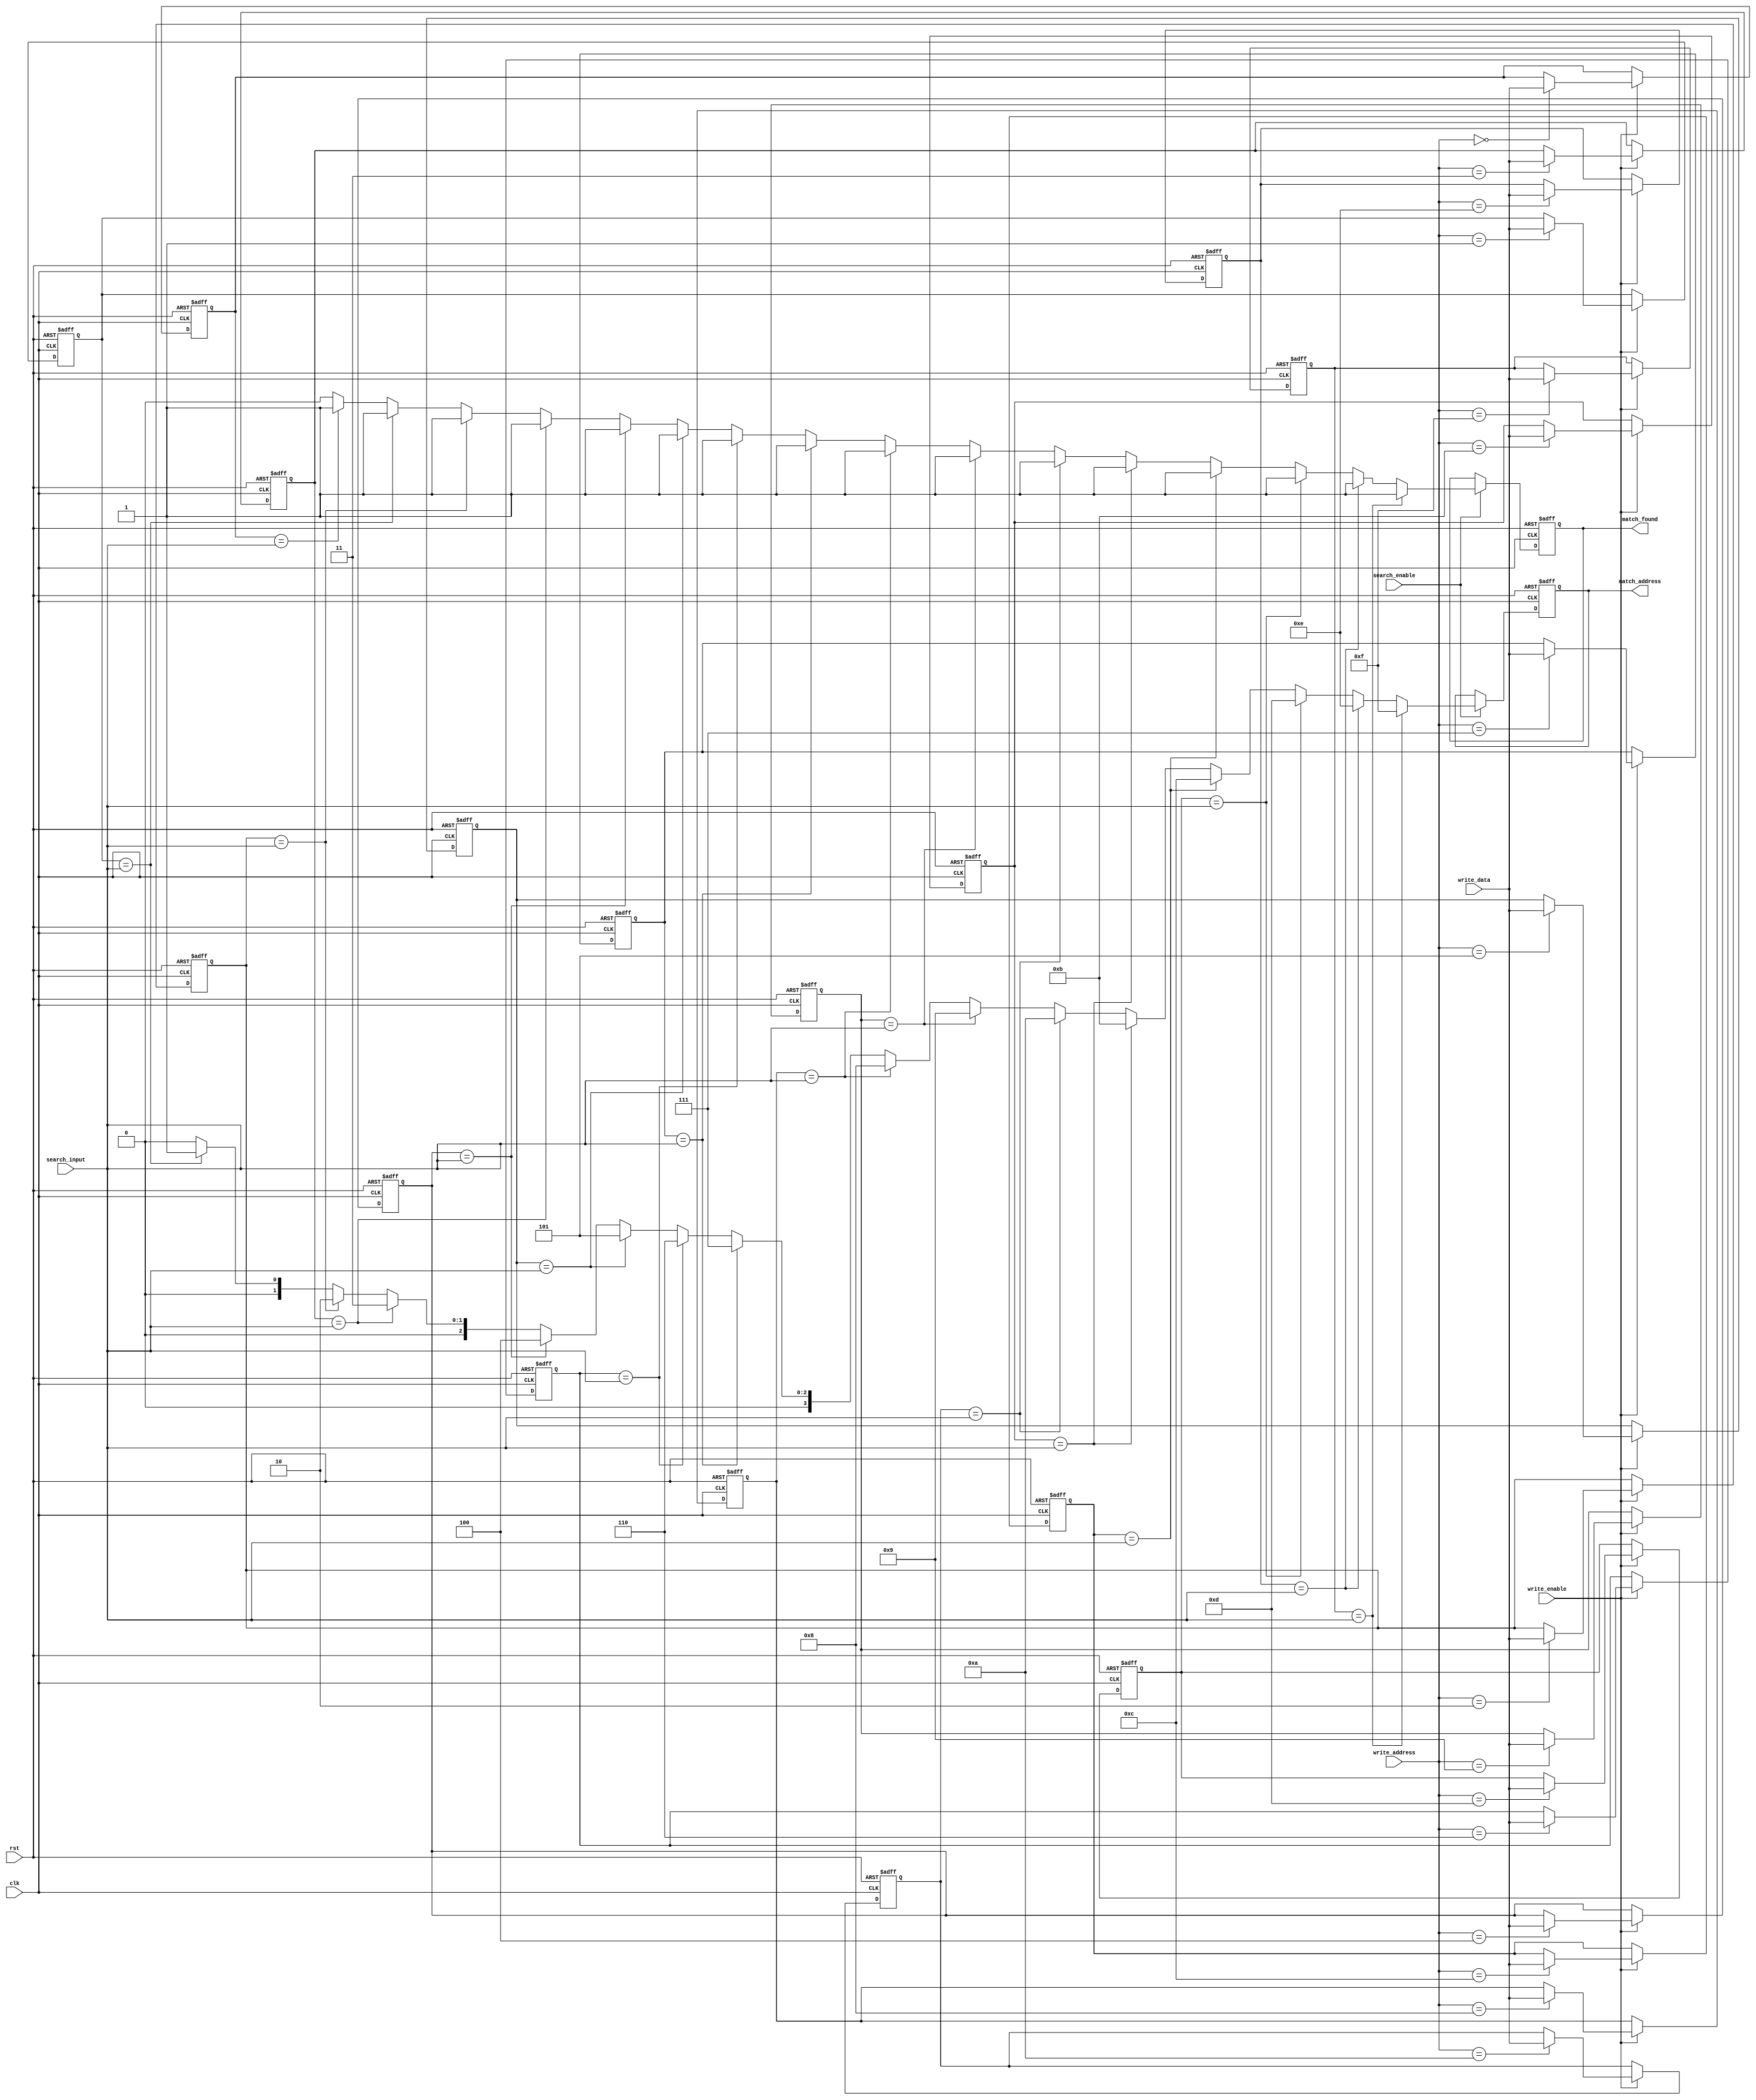
module cam #(
    parameter DATA_WIDTH = 8,       // Width of each entry in bits
    parameter NUM_ROWS = 16          // Number of rows in the CAM
)(
    input wire clk,
    input wire rst,
    input wire [DATA_WIDTH-1:0] search_input, // Input data for search
    input wire [DATA_WIDTH-1:0] write_data,   // Data to write
    input wire [3:0] write_address,            // Address where to write (4-bits for 16 rows)
    input wire write_enable,                    // Write enable signal
    input wire search_enable,                   // Search enable signal
    output reg [3:0] match_address,            // Output address of the matching row
    output reg match_found                      // High if a match is found
);

    // Memory array to store entries
    reg [DATA_WIDTH-1:0] mem_array [0:NUM_ROWS-1];
    
    // Match lines
    reg [NUM_ROWS-1:0] match_lines;
    
    // Reset logic
    integer i;
    always @(posedge clk or posedge rst) begin
        if (rst) begin
            // Clear memory and match lines on reset
            for (i = 0; i < NUM_ROWS; i = i + 1) begin
                mem_array[i] <= {DATA_WIDTH{1'b0}};
            end
            match_lines <= {NUM_ROWS{1'b0}};
            match_found <= 1'b0;
            match_address <= 4'b0;
        end else begin
            // Write operation
            if (write_enable) begin
                mem_array[write_address] <= write_data;
            end
            
            // Search operation
            if (search_enable) begin
                match_lines <= {NUM_ROWS{1'b0}}; // Clear match lines
                match_found <= 1'b0; // Reset match found signal
                match_address <= 4'b0; // Reset match address
                for (i = 0; i < NUM_ROWS; i = i + 1) begin
                    if (mem_array[i] == search_input) begin
                        match_lines[i] <= 1'b1; // Set match line for this row
                        match_found <= 1'b1; // A match has been found
                        match_address <= i[3:0]; // Store the matching row address
                    end
                end
            end
        end
    end

endmodule